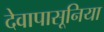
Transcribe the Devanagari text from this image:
देवापासूनिया